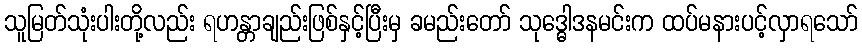
သူမြတ်သုံးပါးတို့လည်း ရဟန္တာချည်းဖြစ်နှင့်ပြီးမှ ခမည်းတော် သုဒ္ဓေါဒနမင်းက ထပ်မနားပင့်လှာရသော်